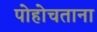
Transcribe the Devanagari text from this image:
पोहोचताना